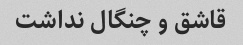
قاشق و چنگال نداشت